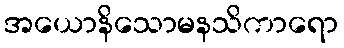
အယောနိသောမနသိကာရော